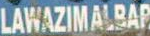
LAWAZIMALBAP